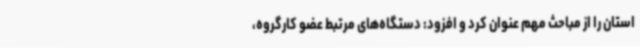
استان را از مباحث مهم عنوان کرد و افزود: دستگاه‌های مرتبط عضو کارگروه،